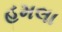
હમલા